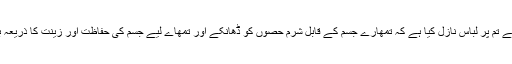
اللہ تعالیٰ کا ارشاد ہے :’’اے اولادِ آدم ؑ، ہم نے تم پر لباس نازل کیا ہے کہ تمھارے جسم کے قابلِ شرم حصوں کو ڈھانکے اور تمھاے لیے جسم کی حفاظت اور زینت کا ذریعہ بھی ہو، اور بہترین لباس تقویٰ کا لباس ہے۔